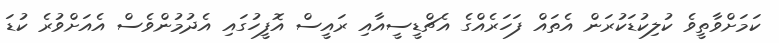
ކަމަށްވާތީވެ ކުލިކުޑަކުރަން އެތައް ފަހަރެއްގެ އެޗްޑީސީއާއި ރައީސް އޮފީހުގައި އެދުމުންވެސް އެއަށްވުރެ ކުޑަ